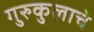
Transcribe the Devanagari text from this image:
गुरुकुलाचे